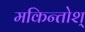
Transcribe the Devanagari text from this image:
मकिन्तोश्